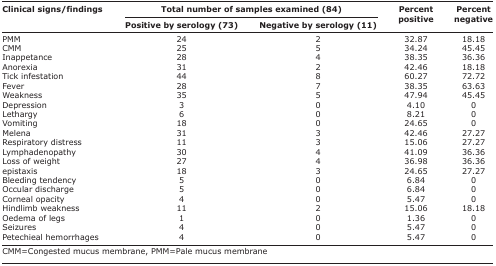
<table><thead><tr><td rowspan="3"><b>Clinical signs/findings</b></td><td colspan="2"><b>Total number of samples examined (84)</b></td><td rowspan="3"><b>Percent positive</b></td><td rowspan="3"><b>Percent negative</b></td></tr><tr><td><b>Positive by serology (73)</b></td><td><b>Negative by serology (11)</b></td></tr></thead><tbody><tr><td>PMM</td><td>24</td><td>2</td><td>32.87</td><td>18.18</td></tr><tr><td>CMM</td><td>25</td><td>5</td><td>34.24</td><td>45.45</td></tr><tr><td>Inappetance</td><td>28</td><td>4</td><td>38.35</td><td>36.36</td></tr><tr><td>Anorexia</td><td>31</td><td>2</td><td>42.46</td><td>18.18</td></tr><tr><td>Tick infestation</td><td>44</td><td>8</td><td>60.27</td><td>72.72</td></tr><tr><td>Fever</td><td>28</td><td>7</td><td>38.35</td><td>63.63</td></tr><tr><td>Weakness</td><td>35</td><td>5</td><td>47.94</td><td>45.45</td></tr><tr><td>Depression</td><td>3</td><td>0</td><td>4.10</td><td>0</td></tr><tr><td>Lethargy</td><td>6</td><td>0</td><td>8.21</td><td>0</td></tr><tr><td>Vomiting</td><td>18</td><td>0</td><td>24.65</td><td>0</td></tr><tr><td>Melen<sup>a</sup></td><td>31</td><td>3</td><td>42.46</td><td>27.27</td></tr><tr><td>Respiratory distress</td><td>11</td><td>3</td><td>15.06</td><td>27.27</td></tr><tr><td>Lymphadenopathy</td><td>30</td><td>4</td><td>41.09</td><td>36.36</td></tr><tr><td>Loss of weight</td><td>27</td><td>4</td><td>36.98</td><td>36.36</td></tr><tr><td>epistaxis</td><td>18</td><td>3</td><td>24.65</td><td>27.27</td></tr><tr><td>Bleeding tendency</td><td>5</td><td>0</td><td>6.84</td><td>0</td></tr><tr><td>Occular discharge</td><td>5</td><td>0</td><td>6.84</td><td>0</td></tr><tr><td>Corneal opacity</td><td>4</td><td>0</td><td>5.47</td><td>0</td></tr><tr><td>Hindlimb weakness</td><td>11</td><td>2</td><td>15.06</td><td>18.18</td></tr><tr><td>Oedema of legs</td><td>1</td><td>0</td><td>1.36</td><td>0</td></tr><tr><td>Seizures</td><td>4</td><td>0</td><td>5.47</td><td>0</td></tr><tr><td>Petechieal hemorrhages</td><td>4</td><td>0</td><td>5.47</td><td>0</td></tr></tbody></table>